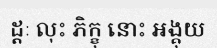
ដ្តៈ លុះ ភិក្ខុ នោះ អង្គុយ